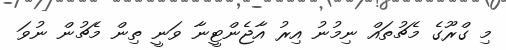
މި ގްރޫގެ މެޗުތައް ނިމުނު އިރު އާޖެންޓީނާ ވަނީ ތިން މެޗުން ނުވަ